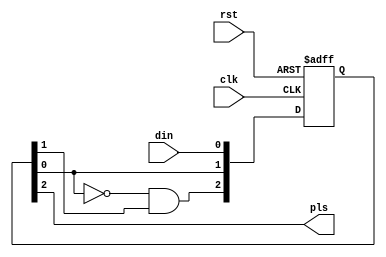
`timescale 1ns / 1ps
//////////////////////////////////////////////////////////////////////////////////
// Company:         Alpha Beta Technologies, Inc.
// 
// Design Name:     USB MBP HDL 
// Module Name:     fedet.v
// Project Name:    4020 HAWK ZAOM Upgrade
// Target Devices:  XC2S150-5PQ208I 
// Tool versions:   ISE 8.2i
//
// Description:     Multi-stage synchronizer with falling edge detection
//
// Dependencies:    None
//
// Revision History:
//
//  0.01    08C01   MAM     File Created
//
// Additional Comments: 
//
///////////////////////////////////////////////////////////////////////////////

module fedet(rst, clk, din, pls);

///////////////////////////////////////////////////////////////////////////////
//
//  Module Port Declarations
//
    
    input   rst;
    input   clk;
    input   din;
    output  pls;

///////////////////////////////////////////////////////////////////////////////
//
//  Module Level Declarations
//

    reg [2:0] QSync;
    
///////////////////////////////////////////////////////////////////////////////
//
//  Implementation
//

always @(posedge clk or posedge rst) begin
    if(rst)
        #1 QSync <= 3'b011;
    else 
        #1 QSync <= {~QSync[0] & QSync[1], QSync[0], din};
end

assign pls = QSync[2];

endmodule